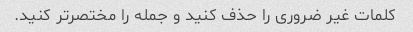
کلمات غیر ضروری را حذف کنید و جمله را مختصرتر کنید.